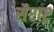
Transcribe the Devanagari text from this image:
सैराष्ट्र